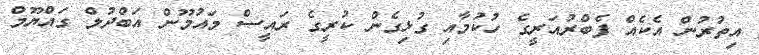
އިތުރުން އެކެއް ފެބްރުއަރީގެ ހުކުމާއި ގުޅިގެން ކުރީގެ ރައީސް މައުމޫން އަބްދުލް ގައްޔޫމް